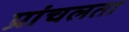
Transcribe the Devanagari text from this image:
प्रांचलता